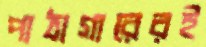
পাঠাগারেরই